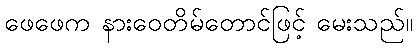
ဖေဖေက နားဝေတိမ်တောင်ဖြင့် မေးသည်။